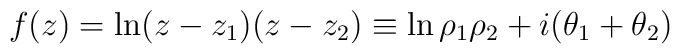
f(z)=\ln(z-z_1)(z-z_2)\equiv \ln\rho_1\rho_2+i(\theta_1+\theta_2)